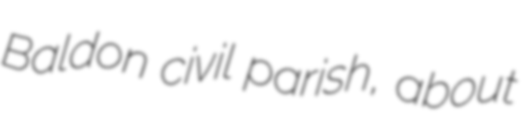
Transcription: Baldon civil parish, about